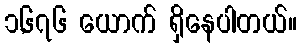
၁,၆၇၆ ယောက် ရှိနေပါတယ်။